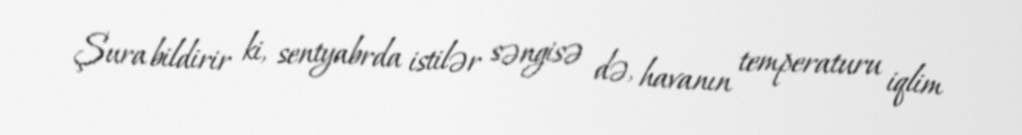
Şura bildirir ki, sentyabrda istilər səngisə də, havanın temperaturu iqlim